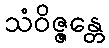
သံဝိဇ္ဇန္တေ